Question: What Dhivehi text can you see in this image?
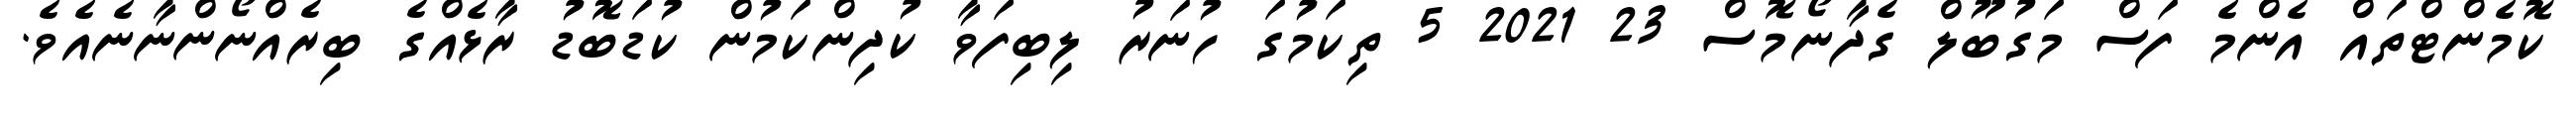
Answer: ކޮމެންޓްތައް އެންމެ ފަސް މަގުބޫލް ގެދާނޯމޮސް 23 2021 5 ތިކަމުގަ ހުނަރު ލިބިފަވާ ކުދިންކަމުން ކުޑަބޮޑު ރާޅެއްގެ ބިރެއްނޯންނާނެއެވެ.